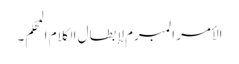
الأمر المبرم لإبطال الکلام المحکم۔